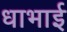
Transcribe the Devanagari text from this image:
धाभाई